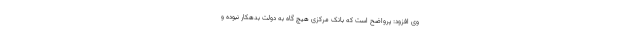
وی افزود: پرواضح است که بانک مرکزی هیچ گاه به دولت بدهکار نبوده و